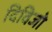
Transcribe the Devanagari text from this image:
दिविजो